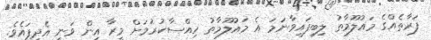
ފަރާތެއްގެ މައުލޫމާތު ލިބިފައިވާނަމަ އެ މައުލޫމާތު ހިއްސާކުރުމަށް މީރާ އިން ވަނީ އެދިފައެވެ.